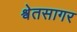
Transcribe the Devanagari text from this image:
श्वेतसागर